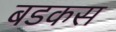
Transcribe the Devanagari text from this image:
बडकस